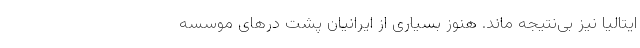
ایتالیا نیز بی‌نتیجه ماند. هنوز بسیاری از ایرانیان پشت درهای موسسه